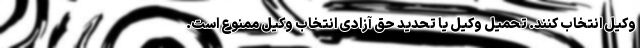
وکیل انتخاب کنند. تحمیل وکیل یا تحدید حق آزادی انتخاب وکیل ممنوع است.